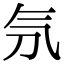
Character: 𣱕